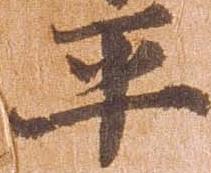
平